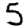
Digit: 5